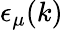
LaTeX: \epsilon_{\mu}(k)